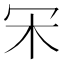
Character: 𣎾